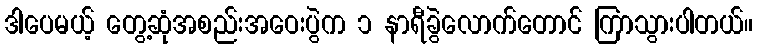
ဒါပေမယ့် တွေ့ဆုံအစည်းအဝေးပွဲက ၁ နာရီခွဲလောက်တောင် ကြာသွားပါတယ်။